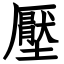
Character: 壓